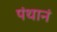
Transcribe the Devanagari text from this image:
पंथानं